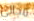
مجالي